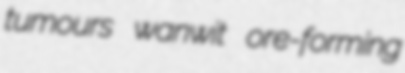
tumours wanwit ore-forming